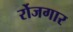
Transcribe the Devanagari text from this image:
र्रोजगार